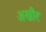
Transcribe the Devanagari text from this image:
अखीर